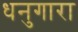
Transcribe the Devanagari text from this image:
धनुगारा